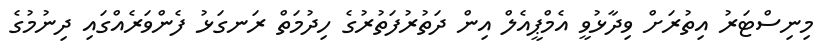
މިނިސްޓަރު އިތުރަށް ވިދާޅުވީ އެމްޕީއެލް އިން ދަތުރުފަތުރުގެ ހިދުމަތް ރަނގަޅު ފެންވަރެއްގައި ދިނުމުގެ